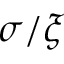
\sigma / \xi